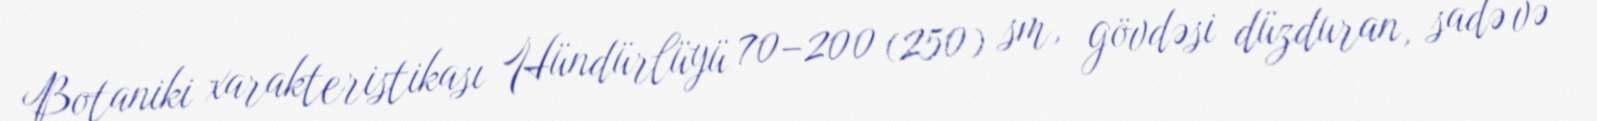
Botaniki xarakteristikası Hündürlüyü 70–200 (250) sm, gövdəsi düzduran, sadə və